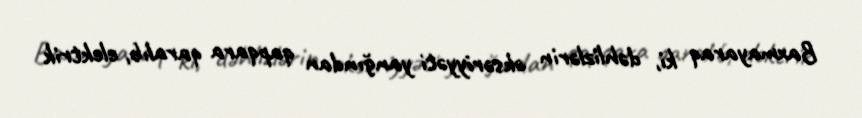
Baxmayaraq ki, dəhlizlərin əksəriyyəti yanğından qapqara qaralıb, elektrik